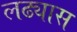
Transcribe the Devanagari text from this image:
लढ्यास